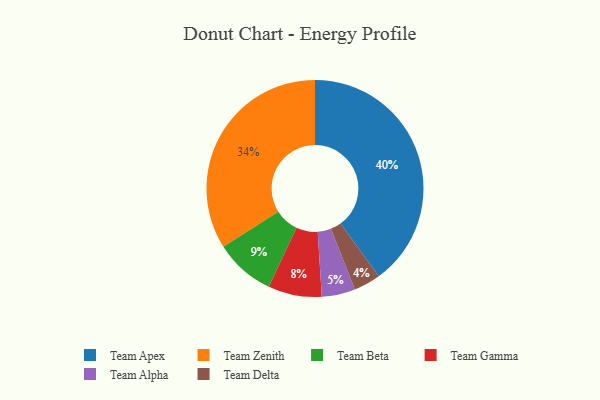
{"axis": {"x": "Category", "y": "Percentage"}, "legend": ["Team Alpha", "Team Apex", "Team Beta", "Team Delta", "Team Gamma", "Team Zenith"], "data": [{"x": "Team Alpha", "y": 5, "type": "Team Alpha"}, {"x": "Team Gamma", "y": 8, "type": "Team Gamma"}, {"x": "Team Delta", "y": 4, "type": "Team Delta"}, {"x": "Team Beta", "y": 9, "type": "Team Beta"}, {"x": "Team Apex", "y": 40, "type": "Team Apex"}, {"x": "Team Zenith", "y": 34, "type": "Team Zenith"}]}